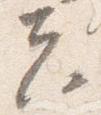
夫